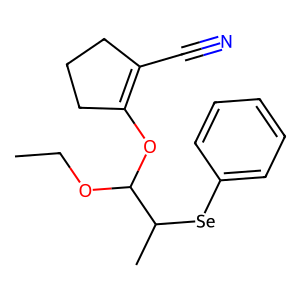
SMILES: CCOC(OC1=C(C#N)CCC1)C(C)[Se]c1ccccc1
Inhibits HIV replication: Yes